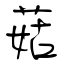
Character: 菇